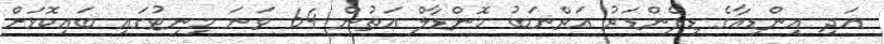
އަދި އިންޑިއާގެ ޑިފެންޑަރު އަރްނަބު މޮންޑާލް އަތުން 64 ވަނަ މިނިޓުގައި ބައިކޮޅަށް